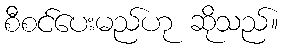
စီစင်ပေးမည်ဟု ဆိုသည်။